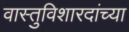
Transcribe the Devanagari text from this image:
वास्तुविशारदांच्या